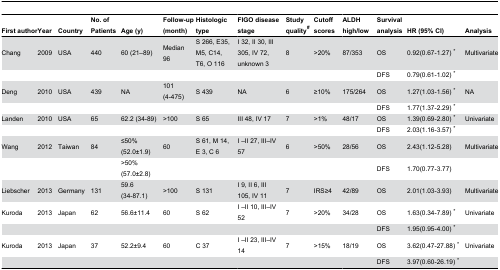
<table><thead><tr><td><b>First author</b></td><td><b>Year</b></td><td><b>Country</b></td><td><b>No. of Patients</b></td><td><b>Age (y)</b></td><td><b>Follow-up (month)</b></td><td><b>Histologic type</b></td><td><b>FIGO disease stage</b></td><td><b>Study quality<sup><i>#</i></sup></b></td><td><b>Cutoff scores</b></td><td><b>ALDH high/low</b></td><td><b>Survival analysis</b></td><td><b>HR (95% CI)</b></td><td><b>Analysis</b></td></tr></thead><tbody><tr><td>Chang</td><td>2009</td><td>USA</td><td>440</td><td>60 (21–89)</td><td>Median 96</td><td>S 266, E35, M5, C14, T6, O 116</td><td>I 32, II 30, III 305, IV 72, unknown 3</td><td>8</td><td>&gt;20%</td><td>87/353</td><td>OS</td><td>0.92(0.67-1.27) *</td><td>Multivariate</td></tr><tr><td></td><td></td><td></td><td></td><td></td><td></td><td></td><td></td><td></td><td></td><td></td><td>DFS</td><td>0.79(0.61-1.02) *</td><td></td></tr><tr><td>Deng</td><td>2010</td><td>USA</td><td>439</td><td>NA</td><td>101 (4-475)</td><td>S 439</td><td>NA</td><td>6</td><td>≥10%</td><td>175/264</td><td>OS</td><td>1.27(1.03-1.56) *</td><td>NA</td></tr><tr><td></td><td></td><td></td><td></td><td></td><td></td><td></td><td></td><td></td><td></td><td></td><td>DFS</td><td>1.77(1.37-2.29) *</td><td></td></tr><tr><td>Landen</td><td>2010</td><td>USA</td><td>65</td><td>62.2 (34-89)</td><td>&gt;100</td><td>S 65</td><td>III 48, IV 17</td><td>7</td><td>&gt;1%</td><td>48/17</td><td>OS</td><td>1.39(0.69-2.80) *</td><td>Univariate</td></tr><tr><td></td><td></td><td></td><td></td><td></td><td></td><td></td><td></td><td></td><td></td><td></td><td>DFS</td><td>2.03(1.16-3.57) *</td><td></td></tr><tr><td>Wang</td><td>2012</td><td>Taiwan</td><td>84</td><td>≤50% (52.0±1.9)</td><td>60</td><td>S 61, M 14, E 3, C 6</td><td>I –II 27, III–IV 57</td><td>6</td><td>&gt;50%</td><td>28/56</td><td>OS</td><td>2.43(1.12-5.28)</td><td>Multivariate</td></tr><tr><td></td><td></td><td></td><td></td><td>&gt;50% (57.0±2.8)</td><td></td><td></td><td></td><td></td><td></td><td></td><td>DFS</td><td>1.70(0.77-3.77)</td><td></td></tr><tr><td>Liebscher</td><td>2013</td><td>Germany</td><td>131</td><td>59.6 (34-87.1)</td><td>&gt;100</td><td>S 131</td><td>I 9, II 6, III 105, IV 11</td><td>7</td><td>IRS≥4</td><td>42/89</td><td>OS</td><td>2.01(1.03-3.93)</td><td>Multivariate</td></tr><tr><td>Kuroda</td><td>2013</td><td>Japan</td><td>62</td><td>56.6±11.4</td><td>60</td><td>S 62</td><td>I –II 10, III–IV 52</td><td>7</td><td>&gt;20%</td><td>34/28</td><td>OS</td><td>1.63(0.34-7.89) *</td><td>Univariate</td></tr><tr><td></td><td></td><td></td><td></td><td></td><td></td><td></td><td></td><td></td><td></td><td></td><td>DFS</td><td>1.95(0.95-4.00) *</td><td></td></tr><tr><td>Kuroda</td><td>2013</td><td>Japan</td><td>37</td><td>52.2±9.4</td><td>60</td><td>C 37</td><td>I –II 23, III–IV 14</td><td>7</td><td>&gt;15%</td><td>18/19</td><td>OS</td><td>3.62(0.47-27.88) *</td><td>Univariate</td></tr><tr><td></td><td></td><td></td><td></td><td></td><td></td><td></td><td></td><td></td><td></td><td></td><td>DFS</td><td>3.97(0.60-26.19) *</td><td></td></tr></tbody></table>